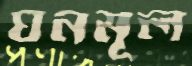
ঘনমূল